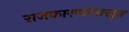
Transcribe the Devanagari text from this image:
राजकारणांपासून